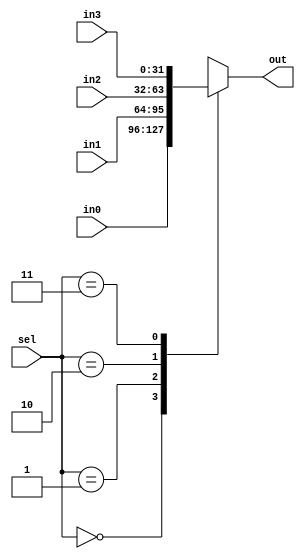
`timescale 1ns / 1ps
//////////////////////////////////////////////////////////////////////////////////
// Company:
// Engineer:
//
// Design Name:
// Module Name: Mux_FourtoOne32
// Project Name:
// Target Devices:
// Tool Versions:
// Description:
//
// Dependencies:
//
// Revision:
// Revision 0.01 - File Created
// Additional Comments:
//
//////////////////////////////////////////////////////////////////////////////////


module Mux_FourtoOne32(sel, in0, in1, in2, in3, out);

    input [1:0] sel;
    input [31:0] in0;
    input [31:0] in1;
    input [31:0] in2;
    input [31:0] in3;
    output reg [31:0] out;

    always @ ( * ) begin
        case (sel)
            2'b00: out = in0;
            2'b01: begin
                out = in1;
                $display("in1: %b", in1);
            end
            2'b10: out = in2;
            2'b11: begin
                out = in3;
               // $display("in3: %b", in3);
            end
            default: begin
                $display("sel:%b :case wrong in Mux_FourtoOne32!", sel);
            end
        endcase
    end
endmodule